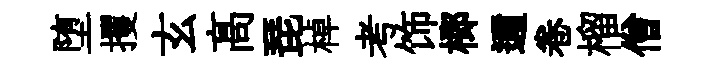
堕攫玄髙琵棹考饰榔邇卷榴僧